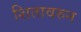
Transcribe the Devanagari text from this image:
शितावरुन